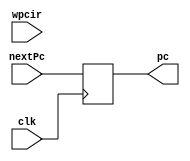
`timescale 1ns / 1ps

//initial pc is 100 in decimal.
//on posedge clk, set pc the nextPc
module ProgramCounter(input [31:0] wpcir, input [31:0] nextPc, input clk, output reg [31:0] pc);
   initial begin
        pc = 32'd100;  
   end
   
   always @(posedge clk) begin
       pc <= nextPc;
   end
endmodule